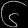
Digit: ၆